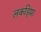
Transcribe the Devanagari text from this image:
लकड़िया